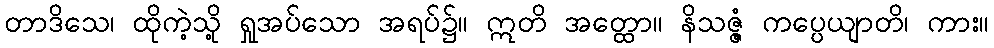
တာဒိသေ၊ ထိုကဲ့သို့ ရှုအပ်သော အရပ်၌။ ဣတိ အတ္ထော။ နိသဇ္ဇံ ကပ္ပေယျာတိ၊ ကား။